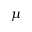
\mu